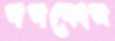
পপকোন